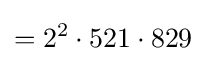
=2^{2}\cdot 521\cdot 829